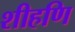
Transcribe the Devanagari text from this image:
शीहणि